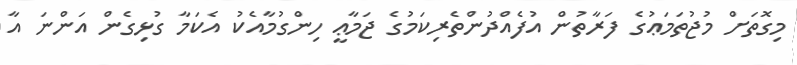
މިގޮތަށް މުޖުތަމަޢުގެ ފަރާތުން އުފެއްދުންތެރިކަމުގެ ޖަމާޢީ ހިންގުމާއެކު އެކަމާ ގުޅިގެން އަންނަ އާ